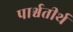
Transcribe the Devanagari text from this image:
पार्श्वतीर्थ